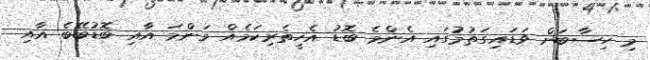
މި ހިސާބަށް ވަޑައިގަތުމުގައި އެންމެ ބޮޑު އެހީތެރިކަމެއް މަންމަ އާއި ބޮޑުބޭބެ އާއި